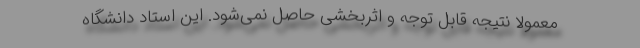
معمولاً نتیجه قابل توجه و اثر‌بخشی حاصل نمی‌شود. این استاد دانشگاه